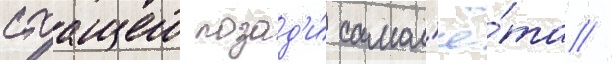
стоащего позад'и́ самол'ё́та //